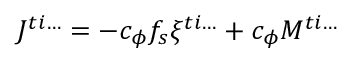
J ^ { t i \ldots } = - c _ { \phi } f _ { s } \xi ^ { t i \ldots } + c _ { \phi } { \cal M } ^ { t i \ldots }